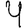
Digit: 4